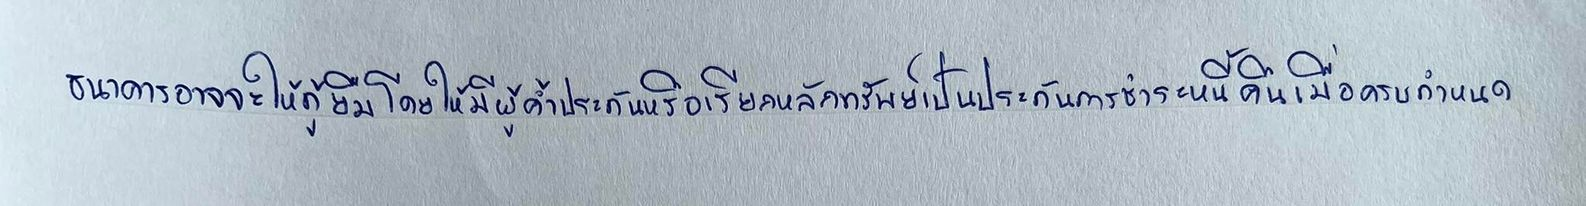
ธนาคารอาจจะให้กู้ยืมโดยให้มีผู้ค้ำประกันหรือเรียกหลักทรัพย์เป็นประกันการชำระหนี้คืนเมื่อครบกำหนด